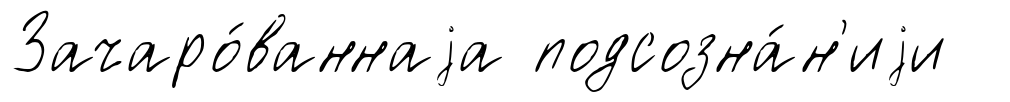
Зачаро́ваннаjа подсозна́н'иjи